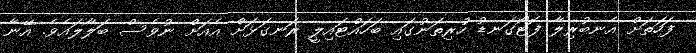
ފަހަތަށް އެނބުރިލާ ފޮޓޯގަނޑު ހުރިތަނުގައި ބަހައްޓައިލީ ރަނގަޅަށް އެއަށް ނުވެސް ބަލާލައެވެ. އޭނާ